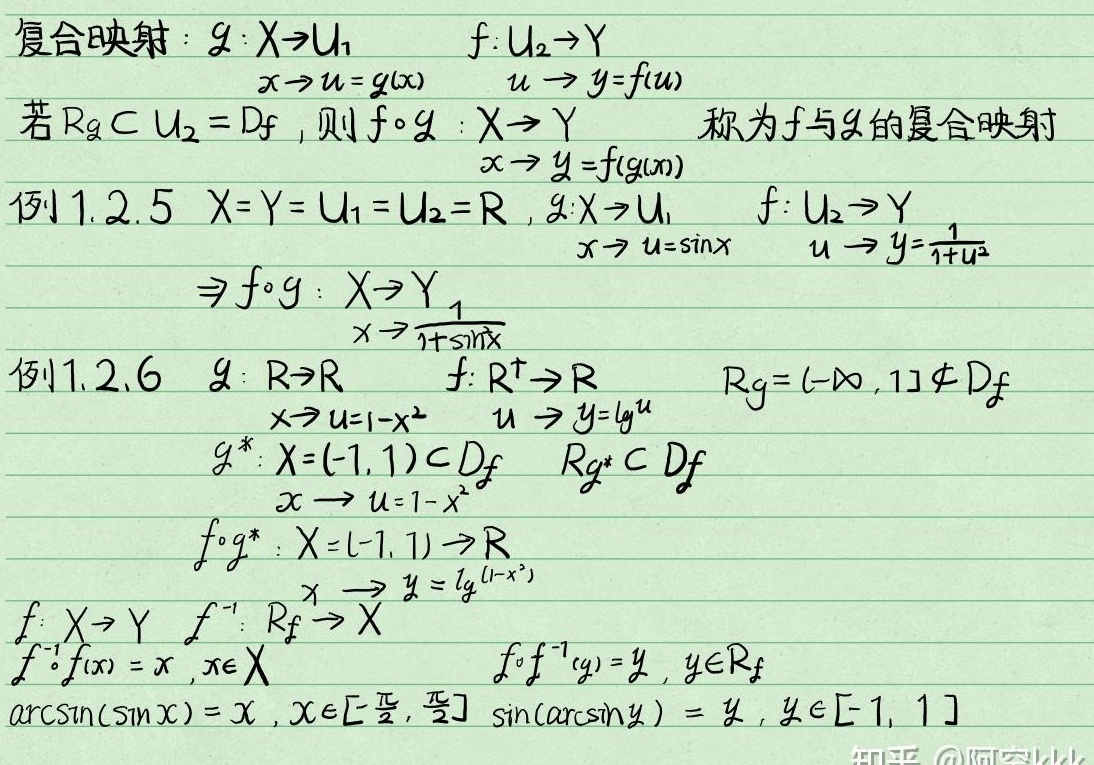
复合映射：
\(g:X\rightarrow U_1\)，\(f:U_2\rightarrow Y\)
\(x\rightarrow u = g(x)\)，\(u\rightarrow y = f(u)\)
若 \(R_g\subset U_2 = D_f\)，则 \(f\circ g:X\rightarrow Y\) 称为 \(f\) 与 \(g\) 的复合映射
\(x\rightarrow y = f(g(x))\)

例1.2.5 \(X = Y = U_1 = U_2 = \mathbb{R}\)，
\(g:X\rightarrow U_1\)，\(f:U_2\rightarrow Y\)
\(x\rightarrow u=\sin x\)，\(u\rightarrow y=\frac{1}{1 + u^2}\)
\(\Rightarrow f\circ g:X\rightarrow Y\)
\(x\rightarrow \frac{1}{1+\sin^2x}\)

例1.2.6 \(g:\mathbb{R}\rightarrow\mathbb{R}\)，\(f:\mathbb{R}^+\rightarrow\mathbb{R}\)，\(R_g = (-\infty,1]\nsubseteq D_f\)
\(x\rightarrow u = 1 - x^2\)，\(u\rightarrow y=\lg u\)
\(g^*:X = (-1,1)\subset D_f\)，\(R_{g^*}\subset D_f\)
\(x\rightarrow u = 1 - x^2\)
\(f\circ g^*:X = (-1,1)\rightarrow\mathbb{R}\)
\(x\rightarrow y=\lg(1 - x^2)\)

\(f:X\rightarrow Y\)，\(f^{-1}:R_f\rightarrow X\)
\(f^{-1}\circ f(x)=x\)，\(x\in X\)
\(f\circ f^{-1}(y)=y\)，\(y\in R_f\)
\(\arcsin(\sin x)=x\)，\(x\in[-\frac{\pi}{2},\frac{\pi}{2}]\)
\(\sin(\arcsin y)=y\)，\(y\in[-1,1]\)